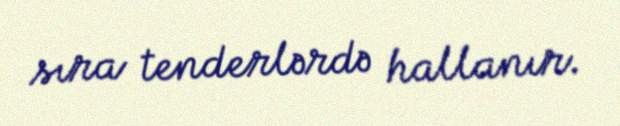
sıra tenderlərdə hallanır.